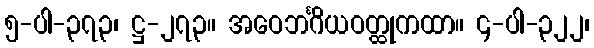
၅-ပါ-၃၇၃၊ ဋ္ဌ-၂၇၃။ အဝေဘင်္ဂိယဝတ္ထုကထာ။ ၄-ပါ-၃၂၂၊